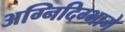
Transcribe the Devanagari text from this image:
अग्निदिग्भागे